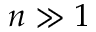
n \gg 1